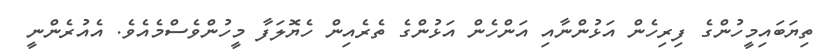
ތިޔަބައިމީހުންގެ ފިރިހެން އަޅުންނާއި އަންހެން އަޅުންގެ ތެރެއިން ހެޔޮލަފާ މީހުންވެސްމެއެވެ. އެއުރެންނީ